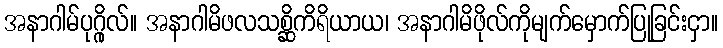
အနာဂါမ်ပုဂ္ဂိုလ်။ အနာဂါမိဖလသစ္ဆိကိရိယာယ၊ အနာဂါမိဖိုလ်ကိုမျက်မှောက်ပြုခြင်းငှာ။